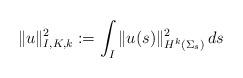
LaTeX: \begin{align*}\|u\|^2_{I,K,k} := \int_I \|u(s)\|^2_{H^k(\Sigma_s)}\, ds\end{align*}